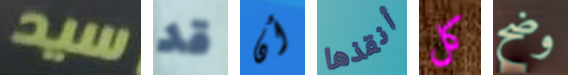
سيد قد أن أنقذها كل وضح